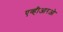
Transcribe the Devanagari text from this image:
एव्हीआरओ